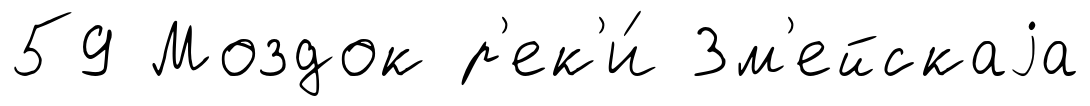
59 Моздок р'ек'и́ Зм'ейскаjа